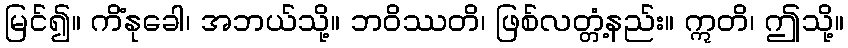
မြင်၍။ ကိံနုခေါ၊ အဘယ်သို့။ ဘဝိဿတိ၊ ဖြစ်လတ္တံ့နည်း။ ဣတိ၊ ဤသို့။